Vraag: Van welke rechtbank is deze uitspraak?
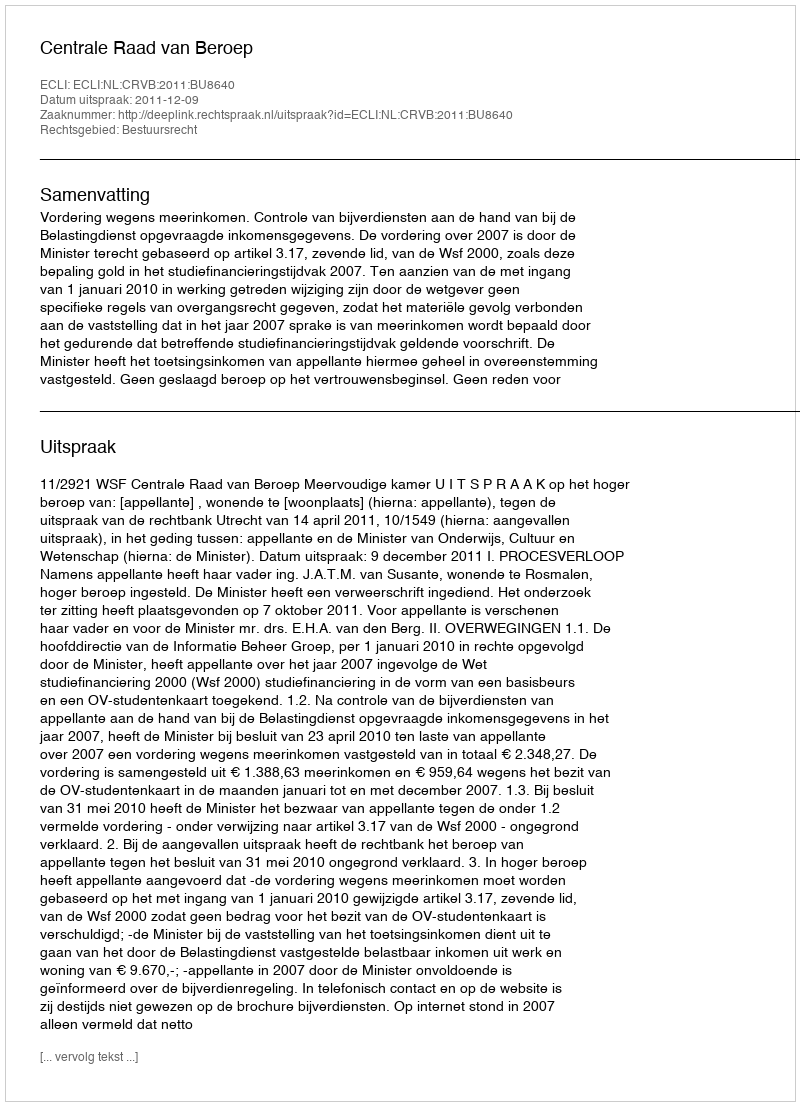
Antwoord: Centrale Raad van Beroep